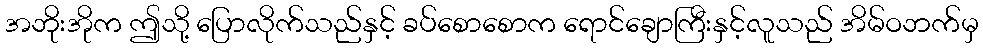
အဘိုးအိုက ဤသို့ ပြောလိုက်သည်နှင့် ခပ်စောစောက ရောင်ချောကြီးနှင့်လူသည် အိမ်ဝဘက်မှ